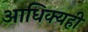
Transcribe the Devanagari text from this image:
आधिक्यही